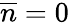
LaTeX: {\overline{n}}=0